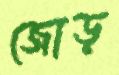
জোড়